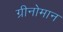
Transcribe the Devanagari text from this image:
ग्रीनोमान